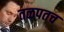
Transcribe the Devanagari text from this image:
तळपतच